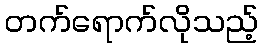
တက်ရောက်လိုသည့်